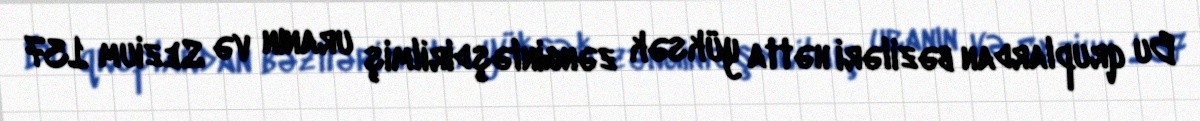
Bu qruplardan bəziləri hətta yüksək zənginləşdirilmiş uranın və Sezium 137